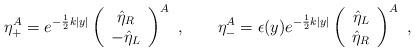
LaTeX: \begin{align*} \eta_+^A=e^{-\frac{1}{2}k|y|}\left(\begin{array}{c}\hat{\eta}_R\\-\hat{\eta}_L\end{array}\right)^A\ ,\qquad \eta_-^A=\epsilon(y)e^{-\frac{1}{2}k|y|}\left(\begin{array}{c}\hat{\eta}_L\\\hat{\eta}_R\end{array}\right)^A\ ,\end{align*}